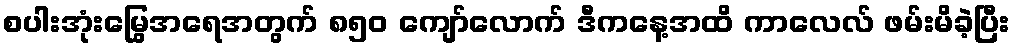
စပါးအုံးမြွေအရေအတွက် ၈၅၀ ကျော်လောက် ဒီကနေ့အထိ ကာလေလ် ဖမ်းမိခဲ့ပြီး